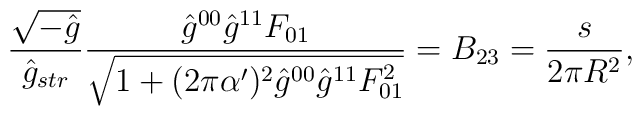
\frac{\sqrt{-\hat{g}}}{\hat{g}_{str}} \frac{ \hat{g}^{00} \hat{g}^{11} F_{01} } {\sqrt{ 1+(2\pi\alpha^\prime)^2 \hat{g}^{00}\hat{g}^{11} F_{01}^2 }} = B_{23} =\frac{s}{2\pi R^2},